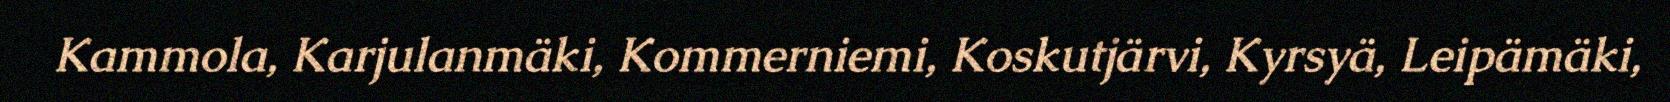
Kammola, Karjulanmäki, Kommerniemi, Koskutjärvi, Kyrsyä, Leipämäki,